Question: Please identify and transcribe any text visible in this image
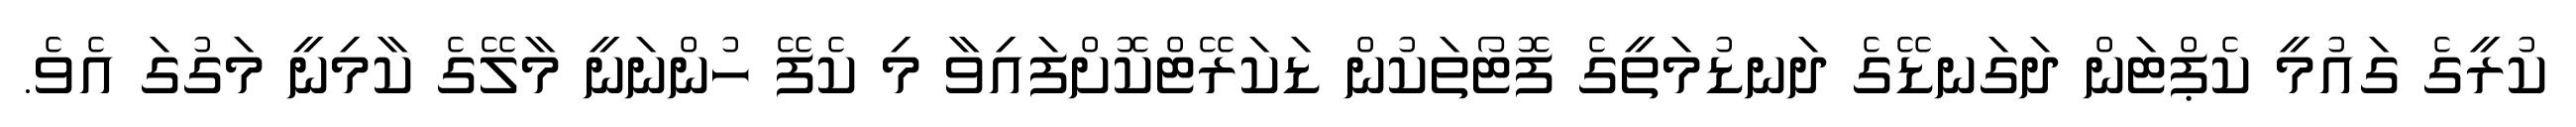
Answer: ކުރީގެ ގައުމީ ކެޕްޓަން ދަގަނޑޭގެ ދަނޑުމަތީގެ ފޮޓޯތަކުން ޑަކަރޭޓްކޮށްފައިވާ މި ކެފޭ ހުންނަނީ މާލޭގެ ކާމިނީ މަގުގަ އެވެ.